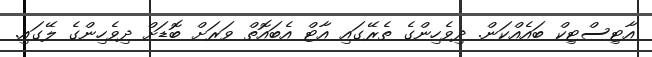
އާޓިސްޓިކް ބައެއްކަން. ދިވެހިންގެ ތެރޭގައި އާޓް އެބައޮތް ވަރަށް ބޮޑަށް ދިވެހިންގެ ލޭގައި.